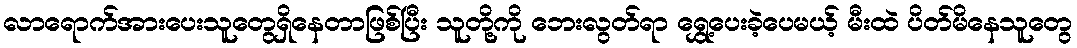
လာရောက်အားပေးသူတွေရှိနေတာဖြစ်ပြီး သူတို့ကို ဘေးလွတ်ရာ ရွှေ့ပေးခဲ့ပေမယ့် မီးထဲ ပိတ်မိနေသူတွေ